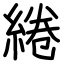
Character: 綣